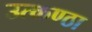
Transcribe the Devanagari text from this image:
उत्‍कण्‍ठा